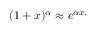
( 1 + x ) ^ { \alpha } \approx e ^ { \alpha x . }